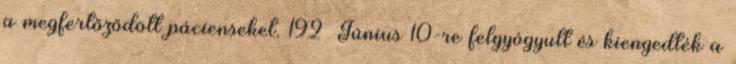
a megfertőződött pácienseket. 192 Június 10-re felgyógyult és kiengedték a